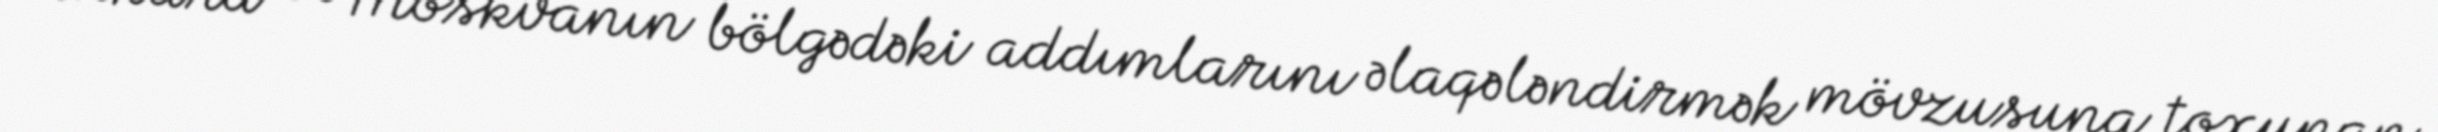
Ankara və Moskvanın bölgədəki addımlarını əlaqələndirmək mövzusuna toxunan